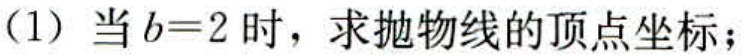
(1) 当\(b = 2\)时，求抛物线的顶点坐标；